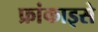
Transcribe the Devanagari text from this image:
फ्रांकाइसे